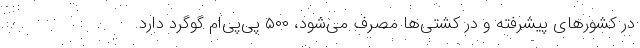
در کشورهای پیشرفته و در کشتی‌ها مصرف می‌شود، ۵۰۰ پی‌پی‌ام گوگرد دارد.